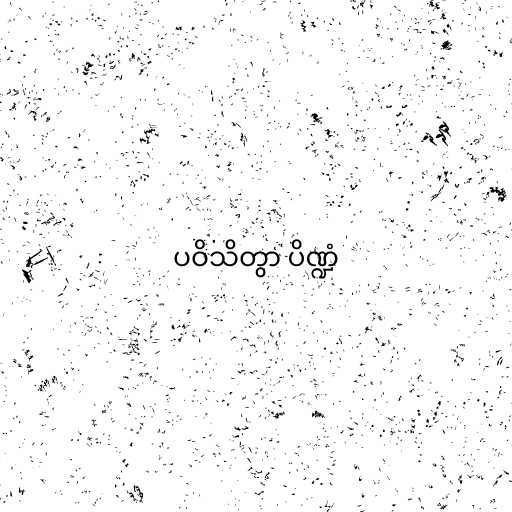
ပဝိသိတွာ ပိဏ္ဍံ